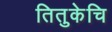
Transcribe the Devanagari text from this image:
तितुकेचि